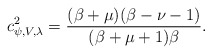
\begin{align*}c^2_{\psi, V,\lambda}=\frac{(\beta+\mu)(\beta-\nu-1)}{(\beta+\mu+1)\beta}.\end{align*}